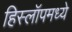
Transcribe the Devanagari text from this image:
हिस्लॉपमध्ये